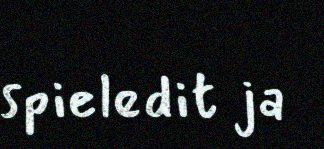
spieledit ja